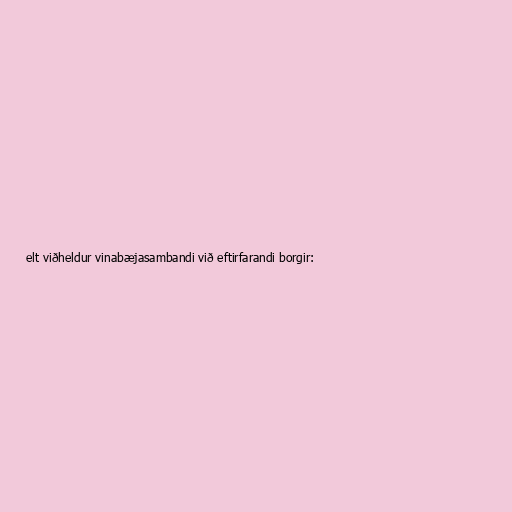
elt viðheldur vinabæjasambandi við eftirfarandi borgir: